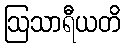
ဩသာရီယတိ